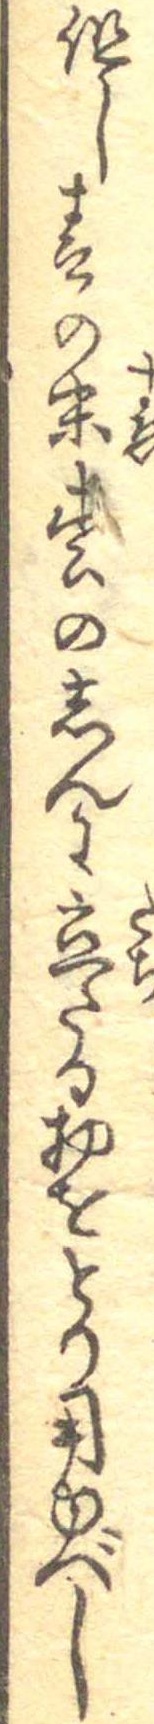
但し春の末松のしんに立たる物をとり用ゆべし